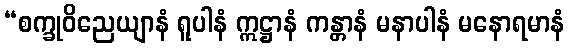
“စက္ခုဝိညေယျာနံ ရူပါနံ ဣဋ္ဌာနံ ကန္တာနံ မနာပါနံ မနောရမာနံ